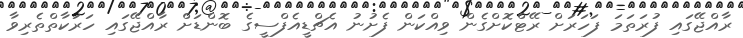
ރާއްޖޭގައި ފުރަތަމަ ފަހަރަށް ރޭޓްކޮށްގެން ވިއްކަން ފެށުނު އެޗްޑީއެފްސީގެ ބޮންޑަށް ރާއްޖޭގައި ހަރަކާތްތެރިވާ